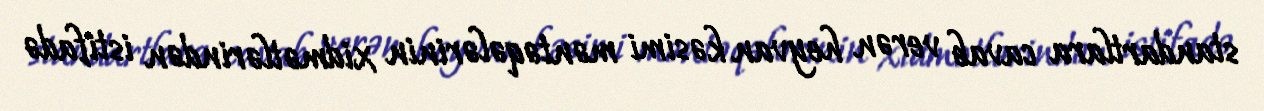
standartlara cavab verən heyvan kəsimi məntəqələrinin xidmətlərindən istifadə